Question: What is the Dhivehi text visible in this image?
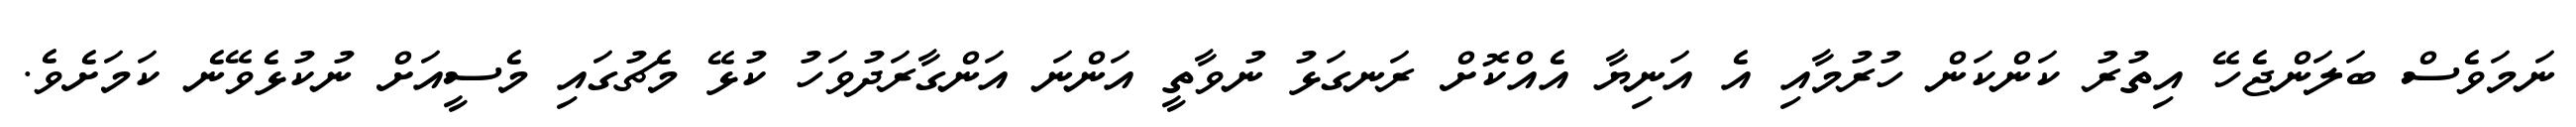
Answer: ނަމަވެސް ބަލަންޖެހޭ އިތުރު ކަންކަން ހުރުމާއި އެ އަނިޔާ އެއްކޮށް ރަނގަޅު ނުވާތީ އަންނަ އަންގާރަދުވަހު ކުޅޭ މެޗުގައި މެސީއަށް ނުކުޅެވޭނެ ކަމަށެވެ.